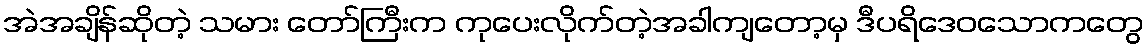
အဲအချိန်ဆိုတဲ့ သမား တော်ကြီးက ကုပေးလိုက်တဲ့အခါကျတော့မှ ဒီပရိဒေဝသောကတွေ